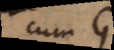
cum G.